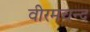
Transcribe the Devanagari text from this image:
वीरमचन्द